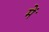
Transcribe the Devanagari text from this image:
मेंॱ